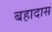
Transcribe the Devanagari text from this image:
बहादास